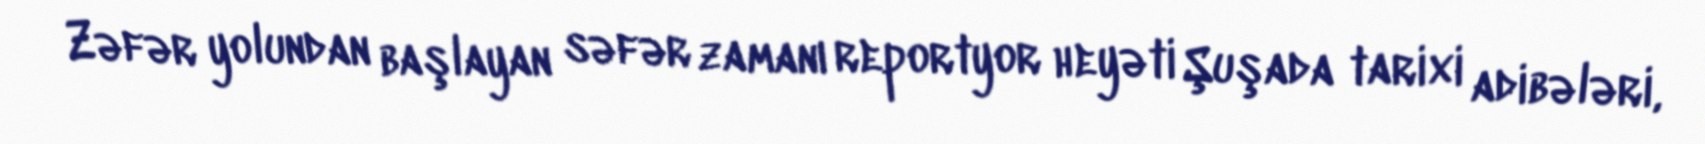
Zəfər yolundan başlayan səfər zamanı reportyor heyəti Şuşada tarixi adibələri,